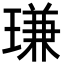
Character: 㻩